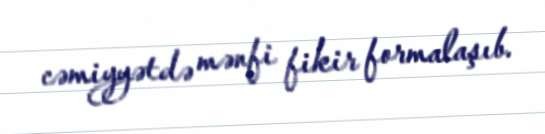
cəmiyyətdə mənfi fikir formalaşıb.